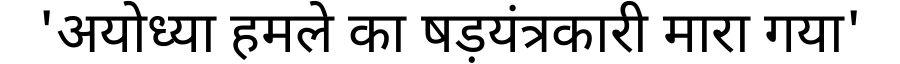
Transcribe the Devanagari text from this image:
'अयोध्या हमले का षड़यंत्रकारी मारा गया'